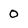
Character: 0